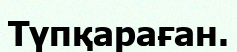
Түпқараған.